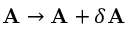
\mathbf { A } \to \mathbf { A } + \delta \mathbf { A }